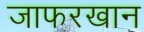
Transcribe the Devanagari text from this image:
जाफरखान